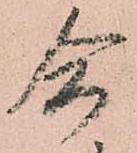
合